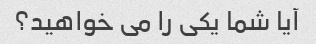
آیا شما یکی را می خواهید؟